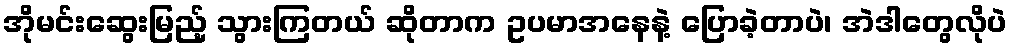
အိုမင်းဆွေးမြည့် သွားကြတယ် ဆိုတာက ဥပမာအနေနဲ့ ပြောခဲ့တာပဲ၊ အဲဒါတွေလိုပဲ